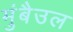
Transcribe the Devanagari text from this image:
मुंबैउल